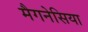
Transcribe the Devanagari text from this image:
मैगनेसिया